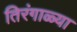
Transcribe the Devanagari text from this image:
तिरंगाळ्या